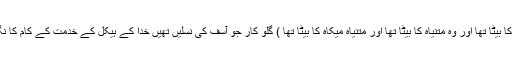
( بانی حسبیاہ کا بیٹا تھا اور وہ متنیاہ کا بیٹا تھا اور متنیاہ میکاہ کا بیٹا تھا ) گلو کار جو آسف کی نسلیں تھیں خدا کے ہیکل کے خدمت کے کام کا نگراں کا ر تھا۔